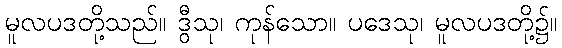
မူလပဒတို့သည်။ ဒွီသု၊ ကုန်သော။ ပဒေသု၊ မူလပဒတို့၌။